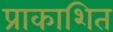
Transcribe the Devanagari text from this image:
प्राकाशित